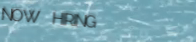
NOW HIRING